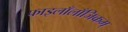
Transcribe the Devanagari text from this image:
फाइलाँलाँजिकम्